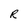
Character: R